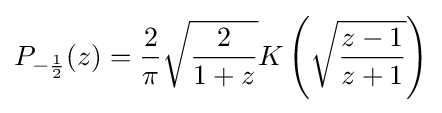
P_{-{\frac {1}{2}}}(z)={\frac {2}{\pi }}{\sqrt {\frac {2}{1+z}}}K\left({\sqrt {\frac {z-1}{z+1}}}\right)